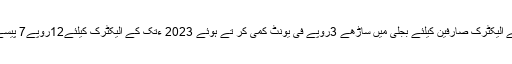
ایکسپریس نیوز کے مطابق نیپرا نے کے الیکٹرک صارفین کیلئے بجلی میں ساڑھے 3روپے فی یونٹ کمی کر تے ہوئے 2023 ءتک کے الیکٹرک کیلئے12روپے7 پیسے فی یونٹ کا نیا ٹیرف مقررکر دیا ہے۔